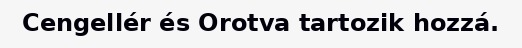
Cengellér és Orotva tartozik hozzá.